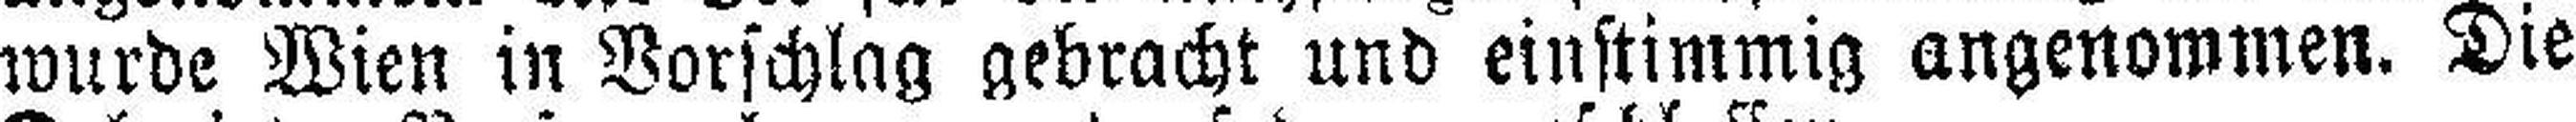
wurde Wien in Vorschlag gebracht und einstimmig angenommen. Die